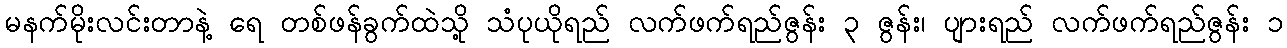
မနက်မိုးလင်းတာနဲ့ ရေ တစ်ဖန်ခွက်ထဲသို့ သံပုယိုရည် လက်ဖက်ရည်ဇွန်း ၃ ဇွန်း၊ ပျားရည် လက်ဖက်ရည်ဇွန်း ၁